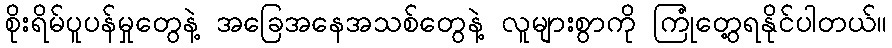
စိုးရိမ်ပူပန်မှုတွေနဲ့ အခြေအနေအသစ်တွေနဲ့ လူများစွာကို ကြုံတွေ့ရနိုင်ပါတယ်။